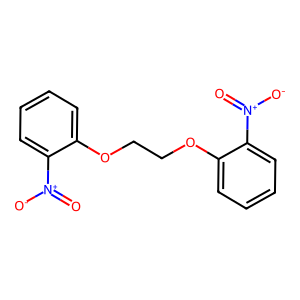
SMILES: O=[N+]([O-])c1ccccc1OCCOc1ccccc1[N+](=O)[O-]
Inhibits HIV replication: No